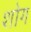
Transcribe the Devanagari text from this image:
शोग